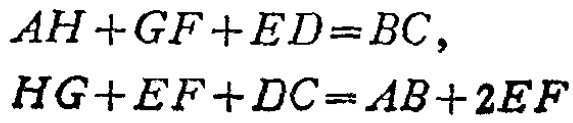
\(AH + GF + ED = BC,\)

\(HG + EF + DC = AB + 2EF\)